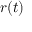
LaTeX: { \boldsymbol { r } } ( t )